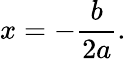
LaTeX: x=-{\frac{b}{2a}}.